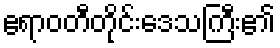
ဧရာဝတီတိုင်းဒေသကြီး၏